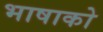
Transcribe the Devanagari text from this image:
भाषाको